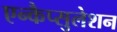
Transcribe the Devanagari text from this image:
एन्कैप्सुलेशन